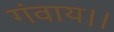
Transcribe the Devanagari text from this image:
गंवाय।।